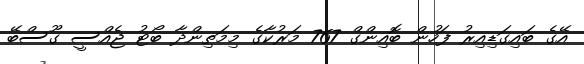
އޭގެ ބައިގަޑިއިރު ފަހުން ބޮއިންގް 767 މަރުކާގެ މިމަތިންދާ ބޯޓު ޖެއްސީ ގޫސްބޭ